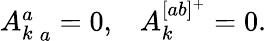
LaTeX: \begin{array}{ll}{{{A_{k}^{a}}_{\, a}=0,}}&{{A_{k}^{[ab]^{+}}=0.}}\end{array}